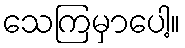
သေကြမှာပေါ့။